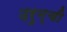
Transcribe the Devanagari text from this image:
उरुम्ची